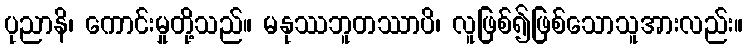
ပုညာနိ၊ ကောင်းမှုတို့သည်။ မနုဿဘူတဿာပိ၊ လူဖြစ်၍ဖြစ်သောသူအားလည်း။